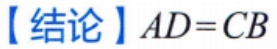
【结论】\(AD = CB\)